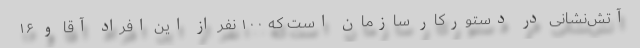
آتش‌نشانی در دستورکار سازمان است که ۱۰۰ نفر از این افراد آقا و ۱۶